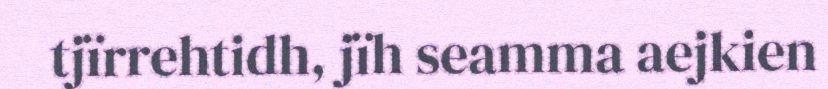
tjïrrehtidh, jïh seamma aejkien